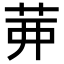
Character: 𦮉